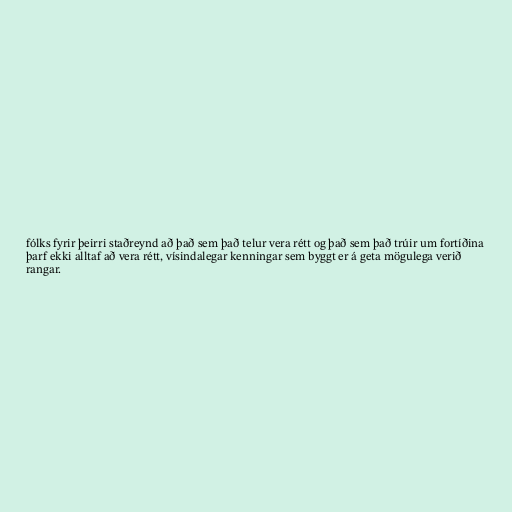
fólks fyrir þeirri staðreynd að það sem það telur vera rétt og það sem það trúir um fortíðina
þarf ekki alltaf að vera rétt, vísindalegar kenningar sem byggt er á geta mögulega verið
rangar.